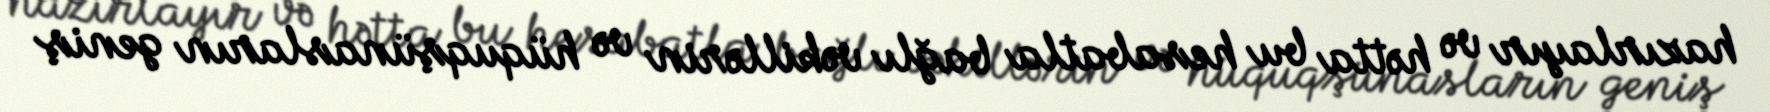
hazırlayır və hətta bu hesabatla bağlı vəkillərin və hüquqşünasların geniş